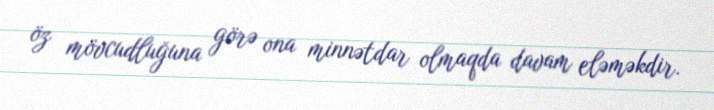
öz mövcudluğuna görə ona minnətdar olmaqda davam eləməkdir.